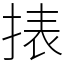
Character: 㧼